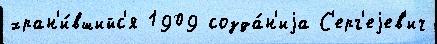
хран'и́вшийс'я 1909 созда́н'иjа С'ерг'еjев'ич